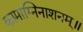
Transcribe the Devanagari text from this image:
कामाग्निनाशनम्॥